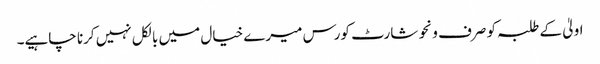
اولیٰ کے طلبہ کو صرف ونحو شارٹ کورس میرے خیال میں بالکل نہیں کرنا چاہیے۔